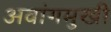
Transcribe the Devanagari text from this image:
अवांगमुखी